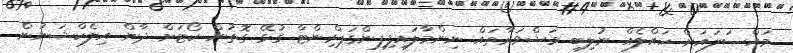
މައްސަލައަށް ހައްލެއް ނުލިބި މަޝްވަރާތައް ނިންމާލައިފިފިންގަޕްރިންޓާ ގުޅޭ ގޮތުން ކޯޓަށް ދާން އިލެކްޝަނުން